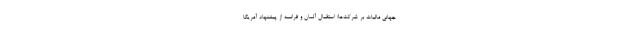
جهانی مالیات بر شرکت‌ها/ استقبال آلمان و فرانسه از پیشنهاد آمریکا